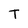
Character: T